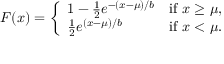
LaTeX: F ( x ) = { \left\{ \begin{array} { l l } { 1 - { \frac { 1 } { 2 } } e ^ { - ( x - \mu ) / b } } & { { \mathrm { i f ~ } } x \geq \mu , } \\ { { \frac { 1 } { 2 } } e ^ { ( x - \mu ) / b } } & { { \mathrm { i f ~ } } x < \mu . } \end{array} \right. }